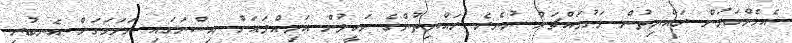
އެހެންކަމުން ރައްޔިތުން މަގުމައްޗަށް ނުނެރެ ރައްޔިތުންގެ ވަކީލުން އަމިއްލައަށް އިސްނަގައި ހަމަމަގަށް އެނބުރި